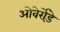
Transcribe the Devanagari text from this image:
ओवेर्रोड़े